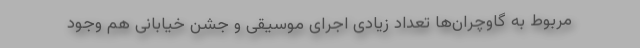
مربوط به گاوچران‌ها تعداد زیادی اجرای موسیقی و جشن خیابانی هم وجود